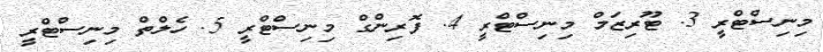
މިނިސްޓްރީ 3. ޓޫރިޒަމް މިނިސްޓްރީ 4. ފޮރިންގް މިނިސްޓްރީ 5. ހެލްތް މިނިސްޓްރީ